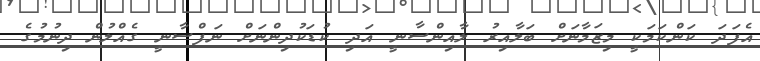
އެފަދަ ކަންކަމަކީ މިޒަމާނަށް ބަލާއިރު ލާއިންސާނީ އަދި ކުޑަކުދިންނަށް ނަފްސާނީ ގެއްލުން ދިނުމުގެ